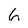
Character: 6